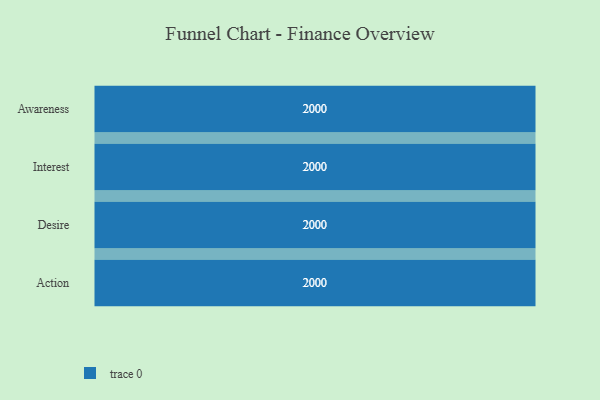
{"axis": {"x": "Stage", "y": "Value"}, "legend": [""], "data": [{"x": "Awareness", "y": 2000, "type": ""}, {"x": "Interest", "y": 2000, "type": ""}, {"x": "Desire", "y": 2000, "type": ""}, {"x": "Action", "y": 2000, "type": ""}]}